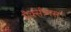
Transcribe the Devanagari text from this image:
मैक्सीमस